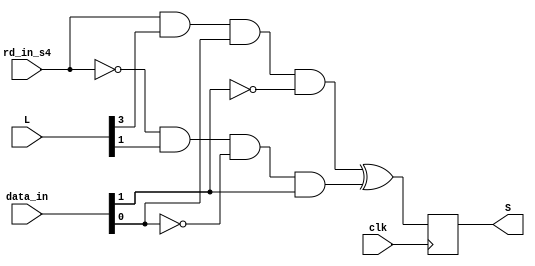
module fcn3b(
    input clk,
    input [1:0] data_in,  
    input rd_in_s4,
    input [4:0] L,
    output reg S
    );
    wire L13 = L[1];
    wire L31 = L[3];
    wire E, D;
    assign {E, D} = data_in;
    always @(posedge clk)
        S = (rd_in_s4 & L31 & D & ~E) ^ (~rd_in_s4 & L13 & ~D & E);
endmodule